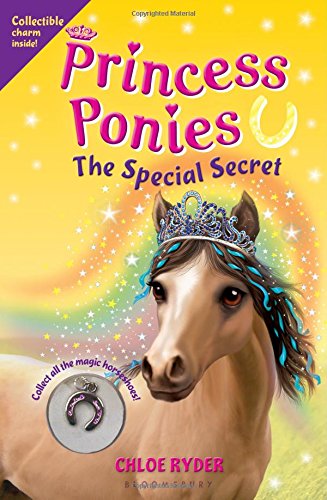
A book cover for Princess Ponies 3: The Special Secret; Chloe Ryder; Children's Books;